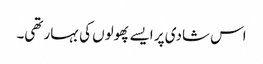
اس شادی پر ایسے پھولوں کی بہار تھی۔